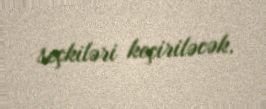
seçkiləri keçiriləcək.